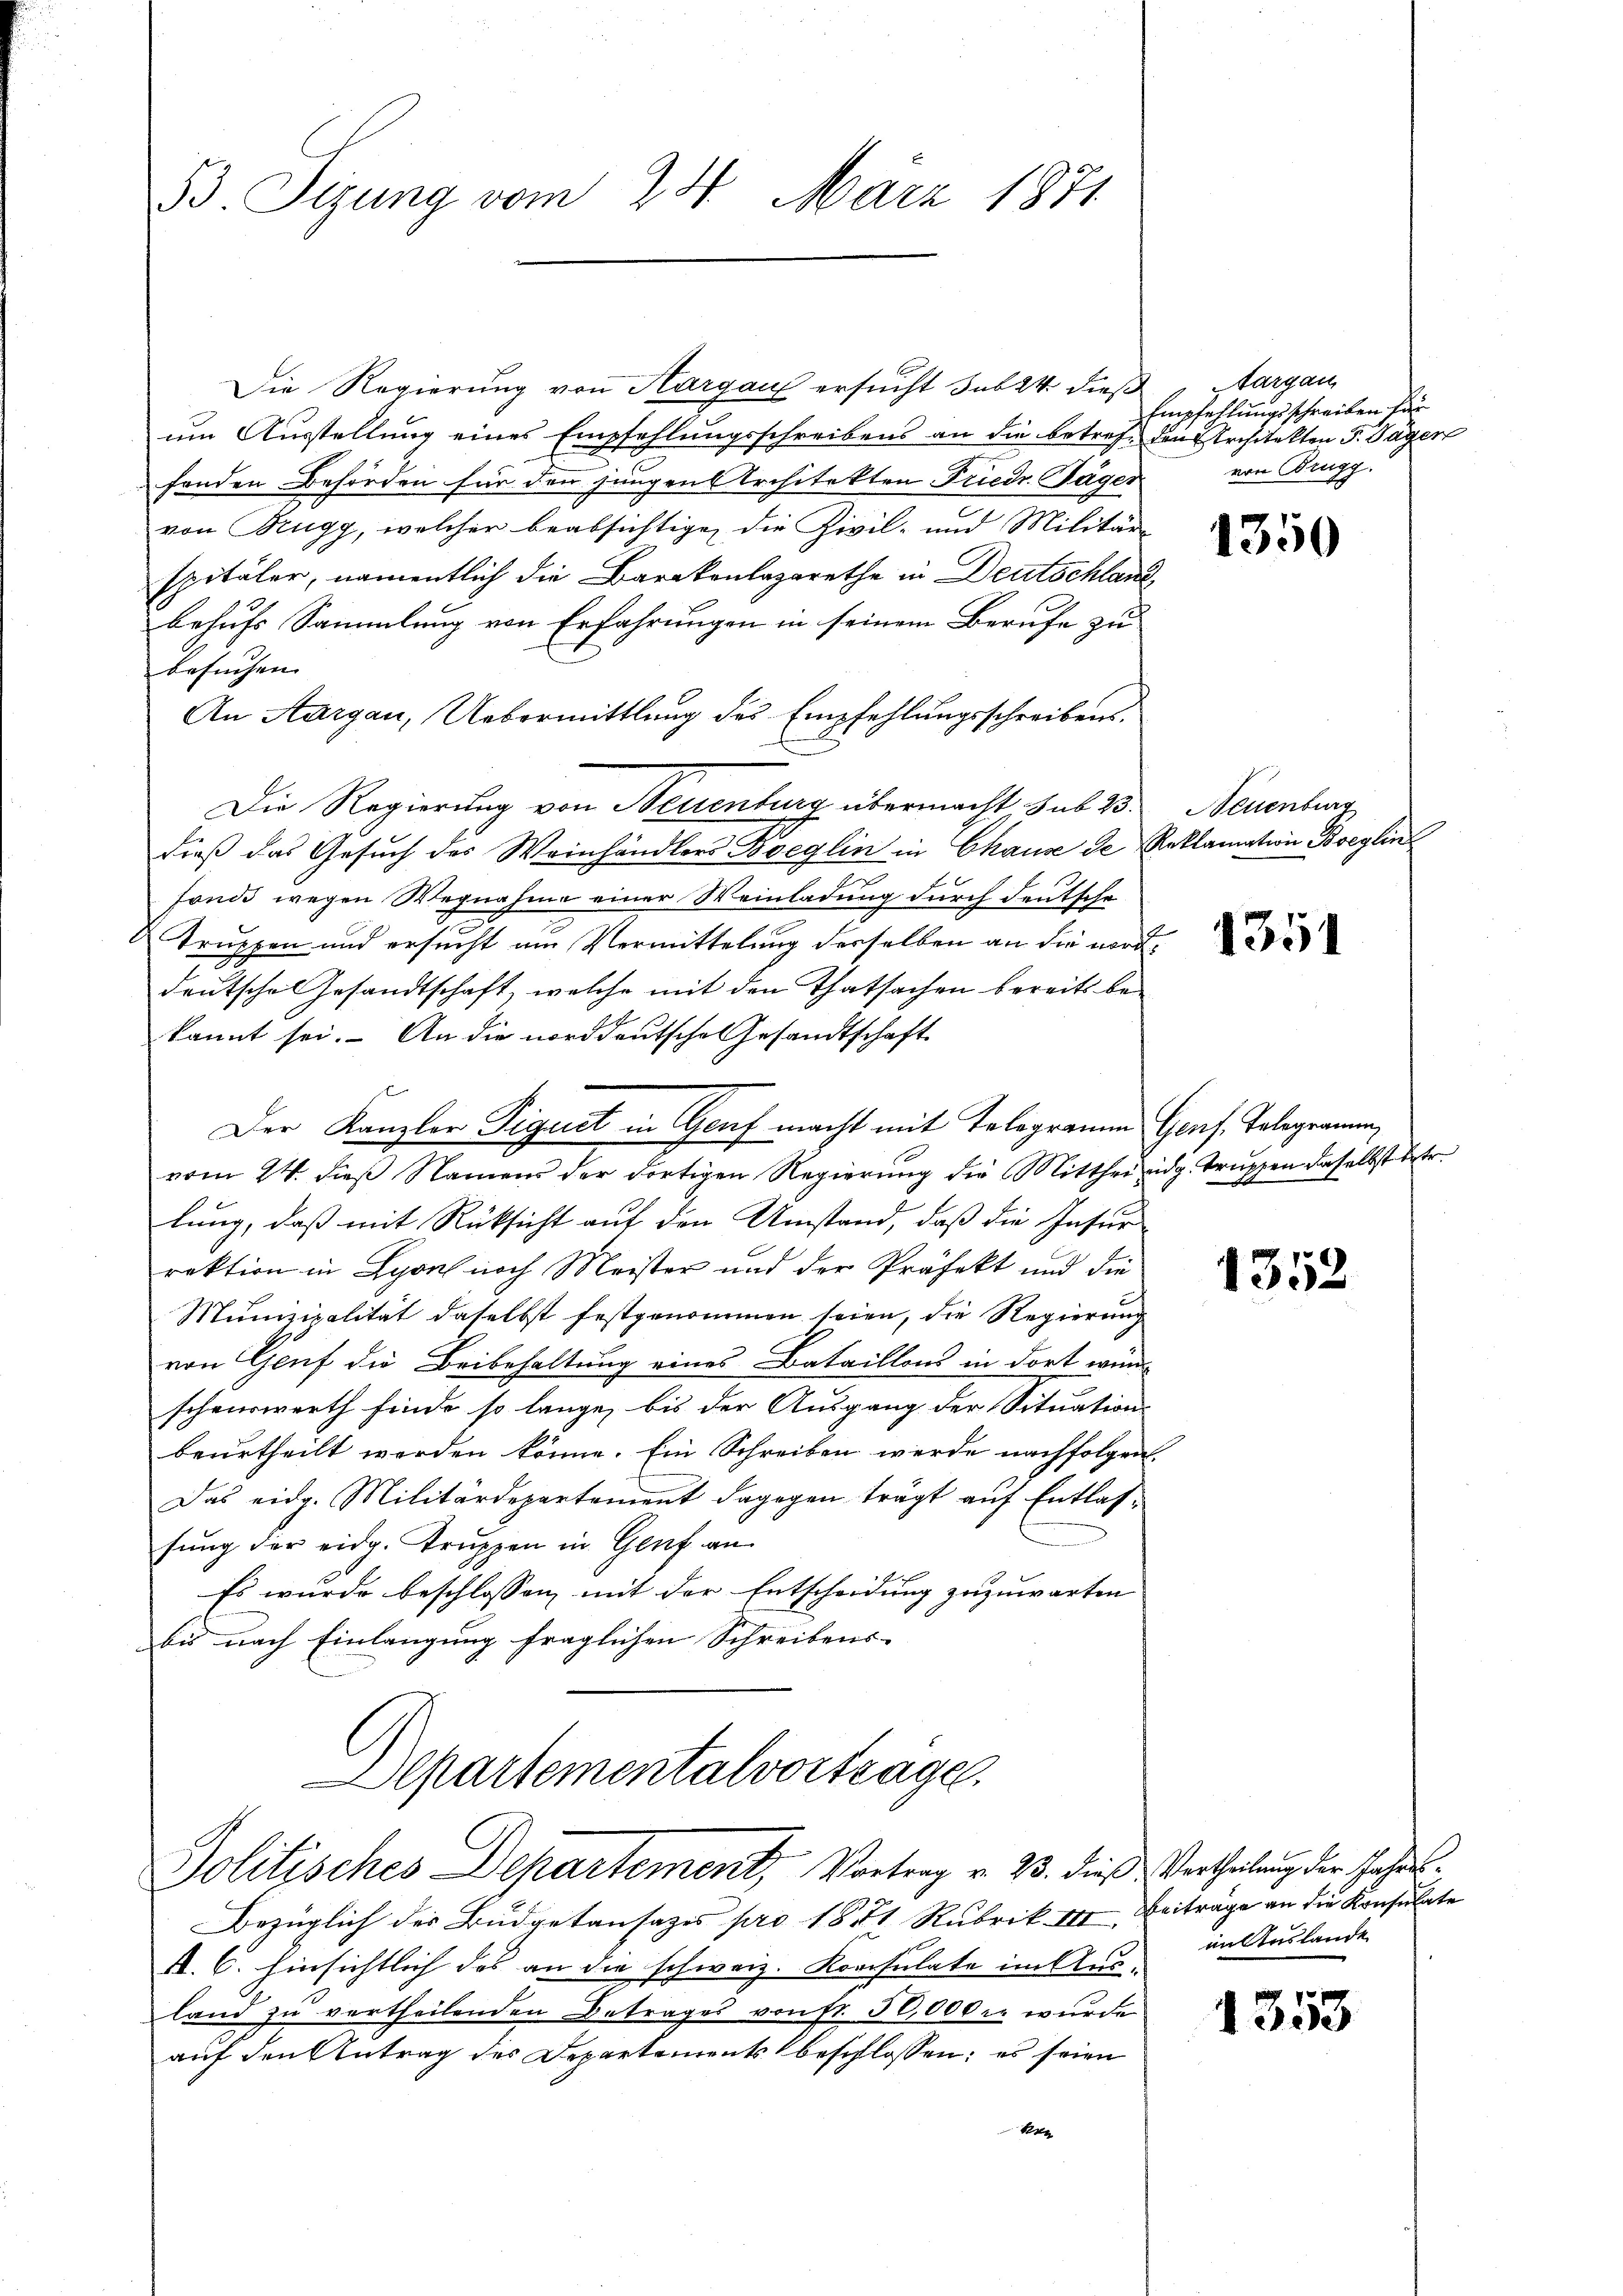
53 Syung vom 24. März 1871

Die Regierung von Aargau ersucht sub 24 dieß
um Ausstellung eines Empfehlungsschreibens an die betreff den Architekten 5. Jäger
fenden Behörden für den jungen Architekten Friedr. Jäger
von Brugg, welcher beabsichtige, die Zivil- und Militär
spitäler, namentlich die Barackenlazarethe in Deutschland
behufs Sammlung von Erfahrungen in seinem Berufe zu
besuchen. |
An Aargau, Uebermittlung des Empfehlungsschreibens.
Die Regierung von Neuenburg übermacht sub 23.
dieß das Gesuch des Weinhändlers Boeglin in Chause de Reklamation Boeglin
fonde wegen Wegnahme einer Weinladung durch deutsche
Truppen und ersucht am Vermittelung desselben an die norddeutsche Gesandtschaft, welche mit den Thatsachen bereits bekannt sei. An die norddeutsche Gesandtschaft
Der Kanzler Piquet in Genf macht mit Tologramm Genf. Telegramm,
vom 24. dieß Namens der dortigen Regierung die Mitthei eidg. Truppen daselbst betr.
lung, daß mit Rüksicht auf den Umstand, daß die Insur-
rektion in Lyon noch Meister und der Präfekt und die
Munizipalität daselbst festgenommen seien, die Regierung
von Genf die Beibehaltung eines Bataillons in dort wen
schenswerth finde so lange, bis der Ausgang der Situations-
beurtheilt werden könne. Ein Schreiben werde nachfolgen
Das eidg. Militärdepartement dagegen trägt aŭf Entlasfung der eidg. Truppen in Genf an
Es wurde beschlossen mit der Entscheidung zuzuwarten
bis nach Einlangung fraglichen Schreibens- |

Bezüglich der Budgetansazes pro 1871 Rubrik 141, Beiträge an die Konsulate
A. C. hinsichtlich das an die schweiz. Konsulate im Ausland zu vertheilenden Betrages von fr. 30,000. wurde
auf den Antrag des Departements beschlossen; es seien
kre

Departementalvortragen.
Politisches Departement, Vortrag v. 23. dieß Vertheilung der Jahr

Aargau
Empfehlungsschreiben für
von Brugg.

1350

Neuenburg

1351

1352

im Auslande

1353